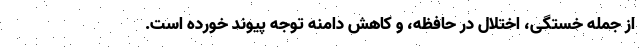
از جمله خستگی، اختلال در حافظه، و کاهش دامنه توجه پیوند خورده است.